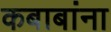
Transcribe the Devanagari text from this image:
कबाबांना